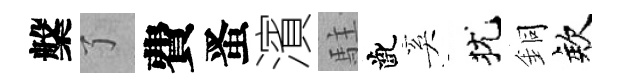
槃了費󱉠濱駐齔奚犹銅欸